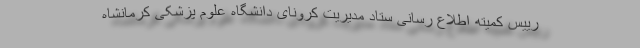
رییس کمیته اطلاع رسانی ستاد مدیریت کرونای دانشگاه علوم پزشکی کرمانشاه